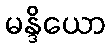
မန္ဒိယော